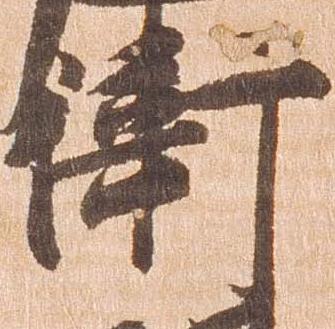
衛